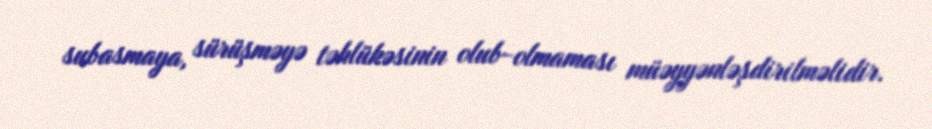
subasmaya, sürüşməyə təhlükəsinin olub-olmaması müəyyənləşdirilməlidir.